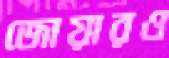
জোয়ারও